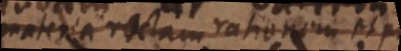
materia rectam rationem et